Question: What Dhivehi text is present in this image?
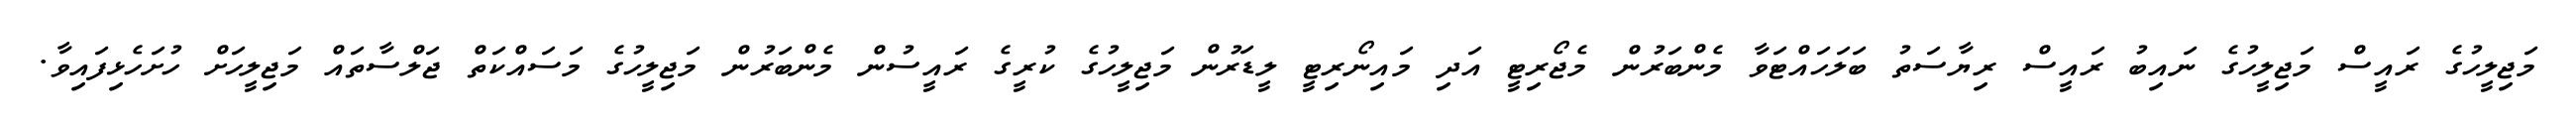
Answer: މަޖިލީހުގެ ރައީސް މަޖިލީހުގެ ނައިބު ރައީސް ރިޔާސަތު ބަލަހައްޓަވާ މެންބަރުން މެޖޯރިޓީ އަދި މައިނޯރިޓީ ލީޑަރުން މަޖިލީހުގެ ކުރީގެ ރައީސުން މެންބަރުން މަޖިލީހުގެ މަސައްކަތް ޖަލްސާތައް މަޖިލީހަށް ހުށަހެޅިފައިވާ.